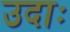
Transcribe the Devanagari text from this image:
उदाः